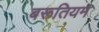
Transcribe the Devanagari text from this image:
बरूतियम